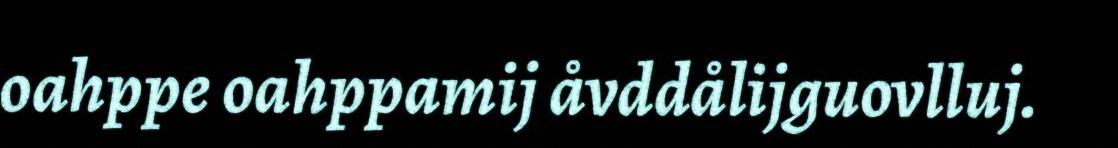
oahppe oahppamij åvddålijguovlluj.